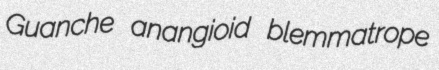
Guanche anangioid blemmatrope